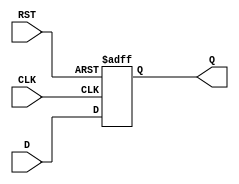
module FlipFlopRegister #(
    parameter WIDTH = 8  // Parameter for the width of the register
) (
    input  wire [WIDTH-1:0] D,   // Data input
    input  wire CLK,               // Clock signal
    input  wire RST,               // Asynchronous reset signal
    output reg  [WIDTH-1:0] Q      // Data output
);

    // Sequential logic for the flip-flops
    always @(posedge CLK or posedge RST) begin
        if (RST) begin
            Q <= {WIDTH{1'b0}};  // Reset all bits to 0
        end else begin
            Q <= D;              // Load data input on clock edge
        end
    end

endmodule